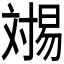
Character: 𬁏